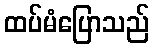
ထပ်မံပြောသည်